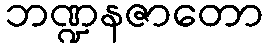
ဘဏ္ဍနဇာတော